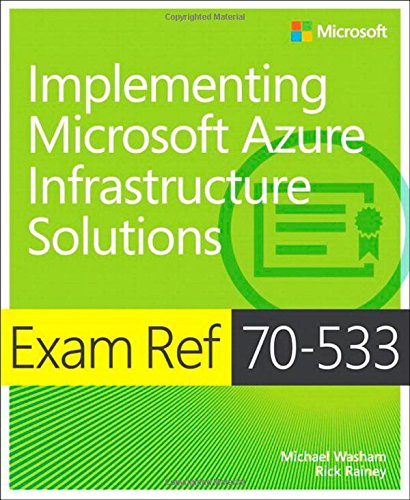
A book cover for Exam Ref 70-533 Implementing Microsoft Azure Infrastructure Solutions; Michael Washam; Computers & Technology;